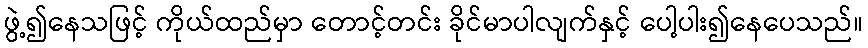
ဖွဲ့၍နေသဖြင့် ကိုယ်ထည်မှာ တောင့်တင်း ခိုင်မာပါလျက်နှင့် ပေါ့ပါး၍နေပေသည်။